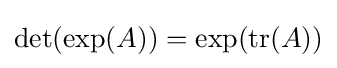
\det(\exp(A))=\exp(\operatorname {tr} (A))